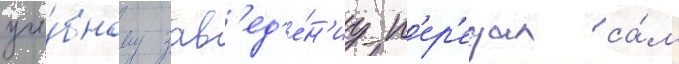
уче́бному зав'ед'е́н'иу п'ер'едал са́м